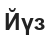
Йүз